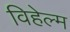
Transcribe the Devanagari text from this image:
विहेल्म